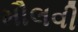
મૌલવી